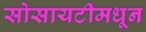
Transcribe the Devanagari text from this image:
सोसायटीमधून